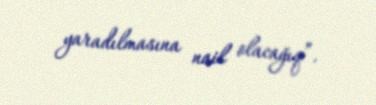
yaradılmasına nail olacağıq”.